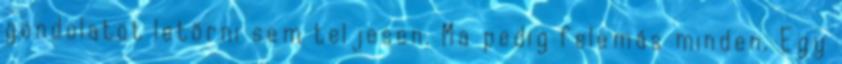
gondolatot letörni sem teljesen. Ma pedig felemás minden. Egy